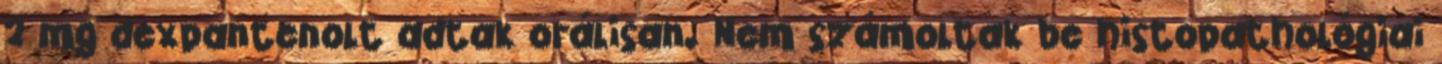
2 mg dexpantenolt adtak orálisan. Nem számoltak be histopatho­lógiai